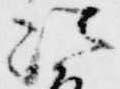
法